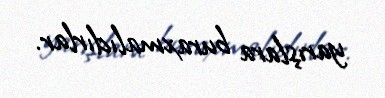
yarışlara buraxmalıdırlar.